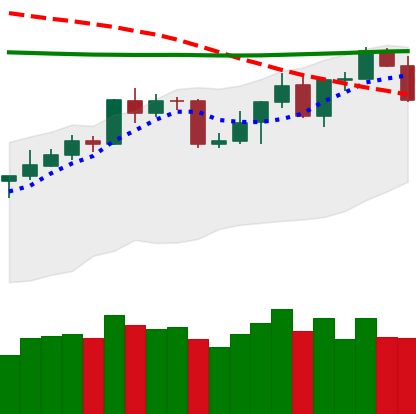
Ticker: BNB-USD
Chart end date: 2020-04-20
Forward return: 8.087%
Label: up_7plus